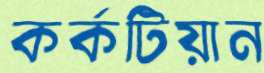
কর্কটিয়ান